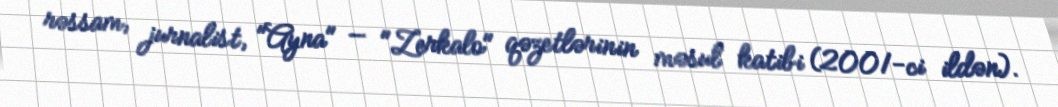
rəssam, jurnalist, "Ayna" — "Zerkalo" qəzetlərinin məsul katibi (2001-ci ildən).